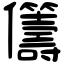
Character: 𠑥